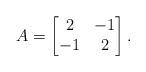
LaTeX: \begin{align*}A = \begin{bmatrix}2 & -1\\-1 & 2\end{bmatrix}.\end{align*}